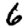
Digit: 6